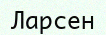
Ларсен